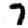
Digit: 7